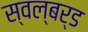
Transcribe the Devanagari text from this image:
स्वल्बर्ड